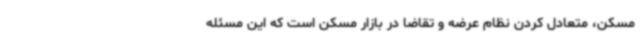
مسکن، متعادل کردن نظام عرضه و تقاضا در بازار مسکن است که این مسئله